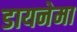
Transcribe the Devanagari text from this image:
डायनेमा